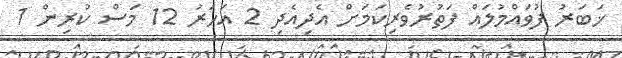
ޚަބަރު ފުވައްމުލައް ފަތުރުވެރިކަމަށް އެދިއެދި 2 އަހަރު 12 މަސް ކުރިން 1